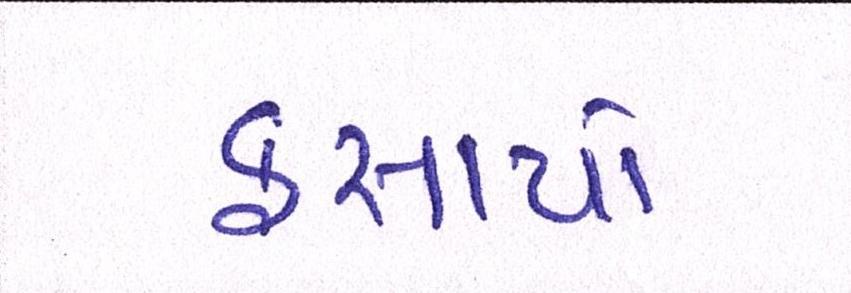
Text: ફસાયો